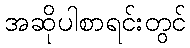
အဆိုပါစာရင်းတွင်